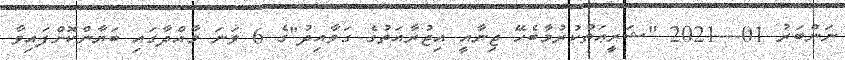
ނަންބަރު 01---2021 "ޝަރީޢަތްކުރުމާބެހޭ ޖިނާއީ އިޖުރާއަތުގެ ގަވާއިދު"ގެ 6 ވަނަ މާއްދާގައި ބަޔާންކޮށްފައިވާ